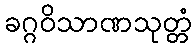
ခဂ္ဂဝိသာဏသုတ္တံ